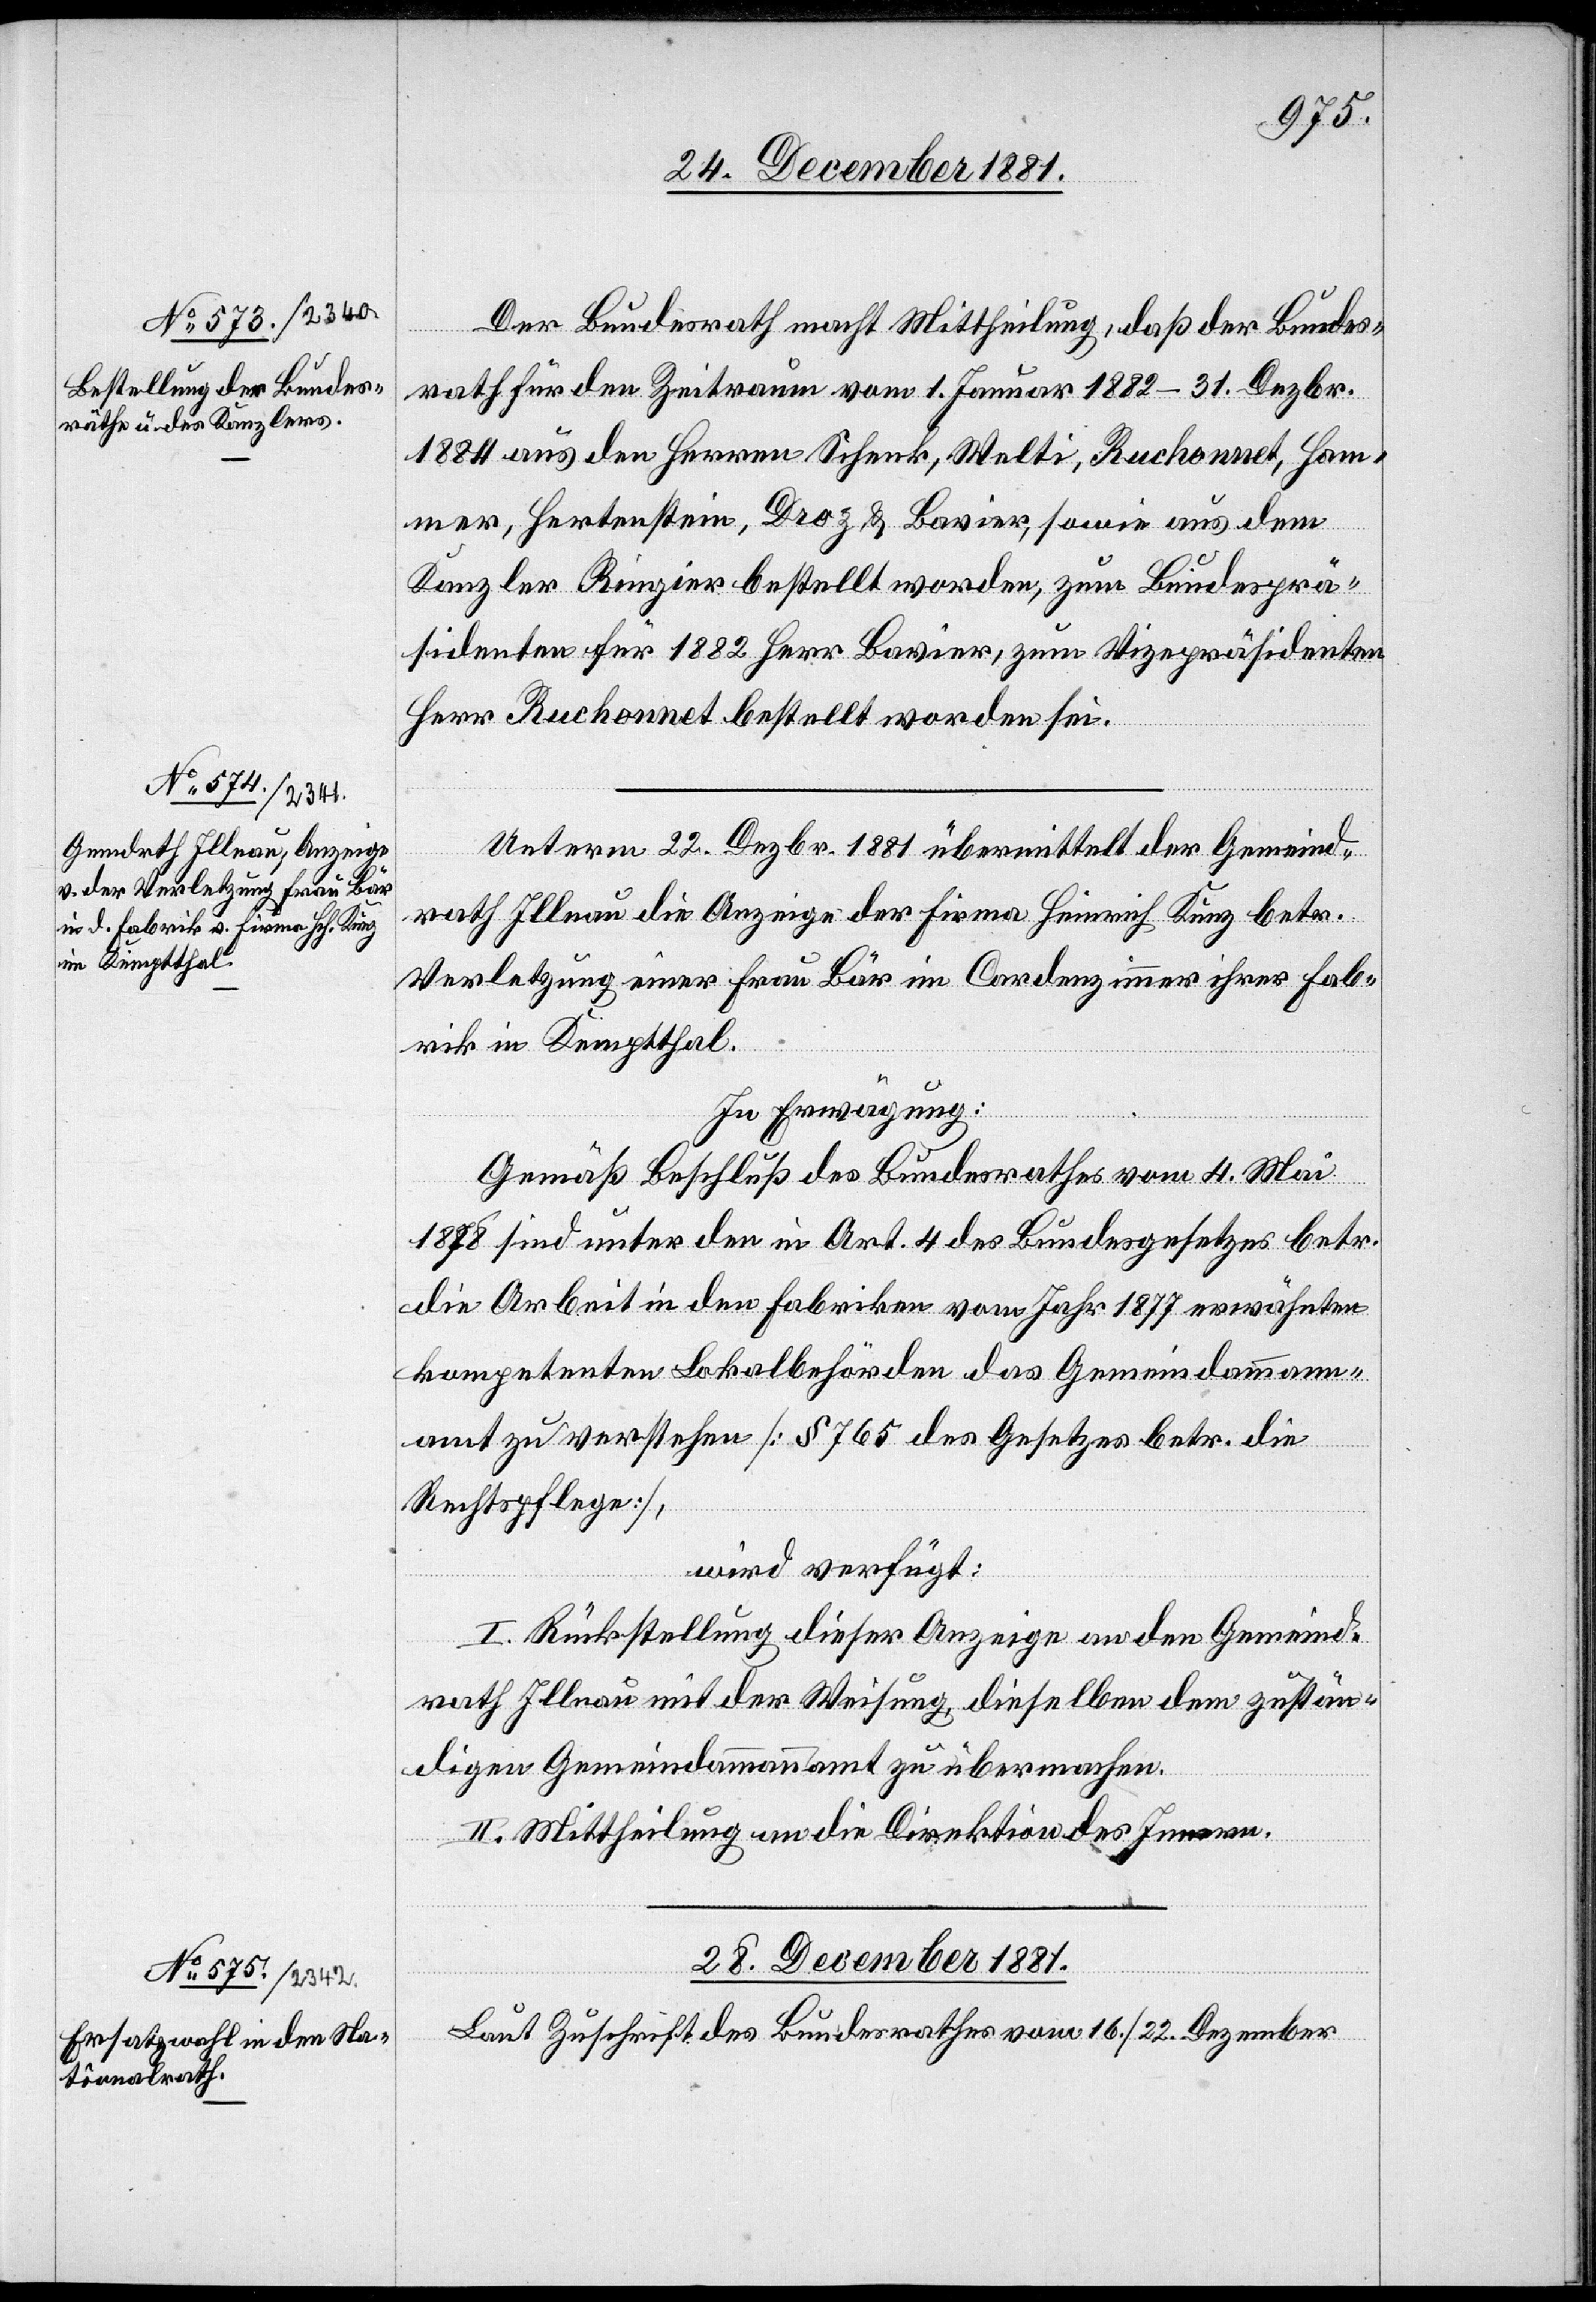
28. December 1881.
Der Bundesrath macht Mittheilung, daß der Bundes¬
rath für den Zeitraum vom 1. Januar 1882–31. Dezbr.
1884 aus den Herren Schenk, Welti, Ruchonnet, Hom¬
mer, Hertenstein, Droz & Bavier, sowie aus dem
Kanzler Ringier bestellt worden, zum Bundesprä¬
sidenten für 1882 Herr Bavier, zum Vizepräsidenten
Herr Ruchonnet bestellt worden sei.
Unterm 22. Dezbr. 1881 übermittelt der Gemeind¬
rath Illnau die Anzeige der Firma Heinrich Kunz betr.
Verletzung einer Frau Bär im Cardenzimmer ihrer Fab¬
rik in Kemptthal.
In Erwägung:
Gemäß Beschluß des Bundesrathes vom 4. Mai
1878 sind unter den in Art. 4 des Bundesgesetzes betr.
die Arbeit in den Fabriken vom Jahr 1877 erwähnten
kompetenten Lokalbehörden das Gemeindammann¬
amt zu verstehen [§ 765 des Gesetzes betr. die
Rechtspflege],
wird verfügt:
I. Rückstellung dieser Anzeige an den Gemeind¬
rath Illnau mit der Weisung, dieselben dem zustän¬
digen Gemeindammannamt zu übermachen.
II. Mittheilung an die Direktion des Innern.
Laut Zuschrift des Bundesrathes vom 16./22. Dezember